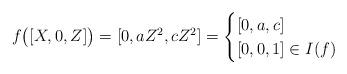
LaTeX: \begin{align*} f\bigl([X,0,Z]\bigr) = [0,aZ^2,cZ^2] = \begin{cases} [0,a,c] & \\ [0,0,1] \in I(f)&\\ \end{cases}\end{align*}